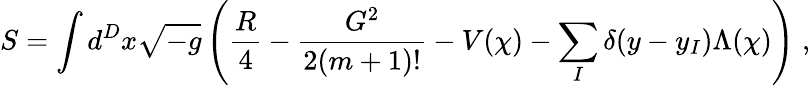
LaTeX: S=\int d^{D}x\sqrt{-g}\left(\frac{R}{4}-\frac{G^{2}}{2(m+1)!}-V(\chi)-\sum_{I}\delta(y-y_{I})\Lambda(\chi)\right)\; ,